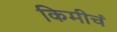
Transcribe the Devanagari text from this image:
किमीचं